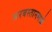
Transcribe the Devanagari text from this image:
अरबस्तानमध्ये